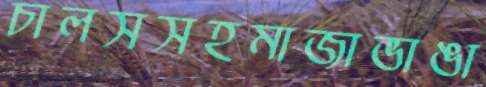
চালসসহমাজাভাঙা